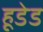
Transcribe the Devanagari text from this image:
हूडेड